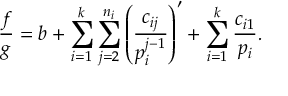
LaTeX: { \frac { f } { g } } = b + \sum _ { i = 1 } ^ { k } \sum _ { j = 2 } ^ { n _ { i } } \left( { \frac { c _ { i j } } { p _ { i } ^ { j - 1 } } } \right) ^ { \prime } + \sum _ { i = 1 } ^ { k } { \frac { c _ { i 1 } } { p _ { i } } } .